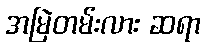
အမြဲတမ်းလား ဆရာ